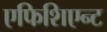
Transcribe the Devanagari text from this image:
एफिशिएन्ट